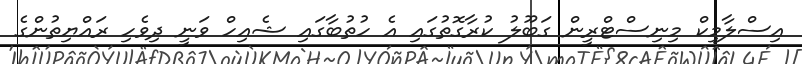
އިސްލާމިކް މިނިސްޓްރީން ގަބޫލު ކުރާގޮތުގައި އެ ހުތުބާގައި ޝެއިހް ވަނީ ދިވެހި ރައްޔިތުންގެ